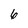
Character: 6